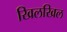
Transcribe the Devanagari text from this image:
खिलखिल